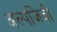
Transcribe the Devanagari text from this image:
अल्पजिवी